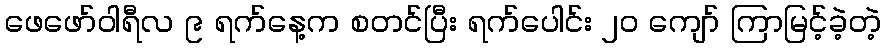
ဖေဖော်ဝါရီလ ၉ ရက်နေ့က စတင်ပြီး ရက်ပေါင်း ၂၀ ကျော် ကြာမြင့်ခဲ့တဲ့